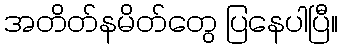
အတိတ်နမိတ်တွေ ပြနေပါပြီ။